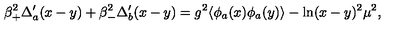
\beta _ { + } ^ { 2 } \Delta _ { a } ^ { \prime } ( x - y ) + \beta _ { - } ^ { 2 } \Delta _ { b } ^ { \prime } ( x - y ) = g ^ { 2 } \langle \phi _ { a } ( x ) \phi _ { a } ( y ) \rangle - \ln ( x - y ) ^ { 2 } \mu ^ { 2 } ,